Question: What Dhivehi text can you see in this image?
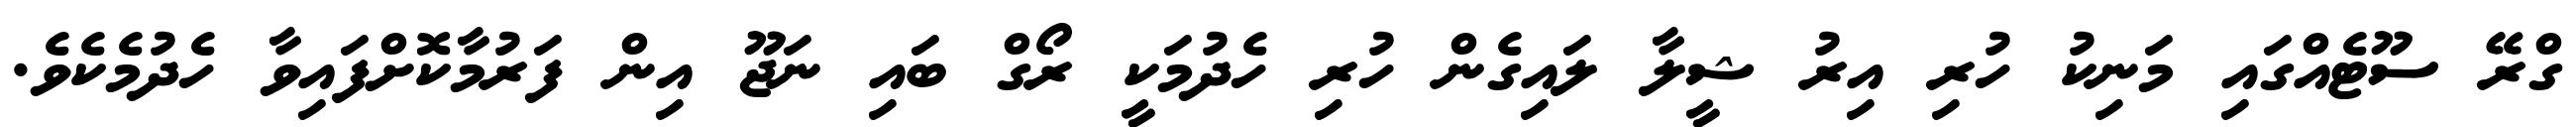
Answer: ގްރޭ ސޫޓެއްގައި މަނިކު ހުރި އިރު ޝީލާ ލައިގެން ހުރި ހެދުމަކީ ރޯގް ބައި ނަޖޫ އިން ފަރުމާކޮށްފައިވާ ހެދުމެކެވެ.